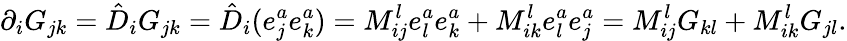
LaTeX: \partial_{i}G_{jk}=\hat{D}_{i}G_{jk}=\hat{D}_{i}(e_{j}^{a}e_{k}^{a})=M_{ij}^{l}e_{l}^{a}e_{k}^{a}+M_{ik}^{l}e_{l}^{a}e_{j}^{a}=M_{ij}^{l}G_{kl}+M_{ik}^{l}G_{jl}.